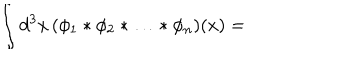
LaTeX: \int d ^ { 3 } x \, ( \phi _ { 1 } * \phi _ { 2 } * \ldots * \phi _ { n } ) ( x ) =